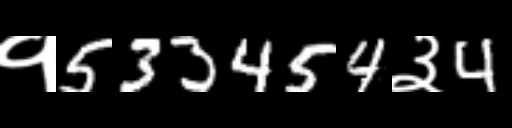
Text: १533454३4